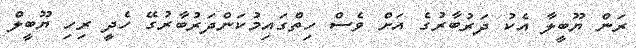
ރަން ޔޫބީލާ އެކު ދަރުބާރުގެ އަށް ވެސް ހިތްގައިމުކަންދަރުބާރުގޭ ހެދީ ރިހި ޔޫބީލް